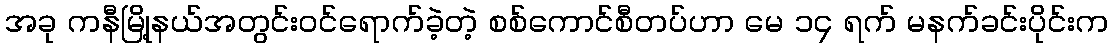
အခု ကနီမြို့နယ်အတွင်းဝင်ရောက်ခဲ့တဲ့ စစ်ကောင်စီတပ်ဟာ မေ ၁၄ ရက် မနက်ခင်းပိုင်းက